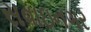
સવાઇનગર